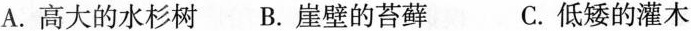
A.高大的水杉树B.崖壁的苔藓C.低矮的灌木